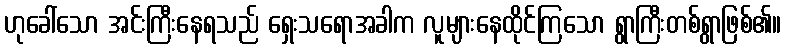
ဟုခေါ်သော အင်းကြီးနေရသည် ရှေးသရောအခါက လူများနေထိုင်ကြသော ရွာကြီးတစ်ရွာဖြစ်၏။